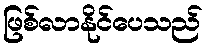
ဖြစ်လာနိုင်ပေသည်